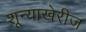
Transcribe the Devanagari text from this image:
शून्याखेरीज